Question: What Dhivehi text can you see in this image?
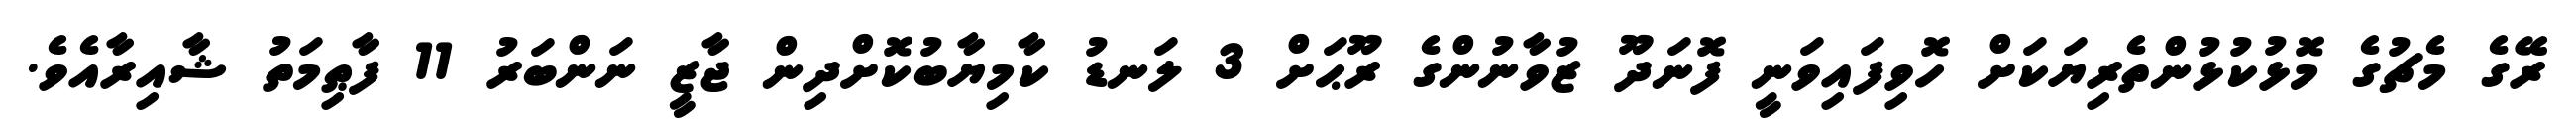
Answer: ރޭގެ މެޗުގެ މޮޅުކުޅުންތެރިޔަކަށް ހޮވިފައިވަނީ ފޮނަދޫ ޒުވާނުންގެ ރޫޙަށް 3 ލަނޑު ކާމިޔާބުކޮށްދިން ޖާޒީ ނަންބަރު 11 ފާޠިމަތު ޝާއިރާއެވެ.